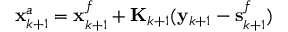
\mathbf { x } _ { k + 1 } ^ { a } = \mathbf { x } _ { k + 1 } ^ { f } + \mathbf { K } _ { k + 1 } ( \mathbf { y } _ { k + 1 } - \mathbf { s } _ { k + 1 } ^ { f } )